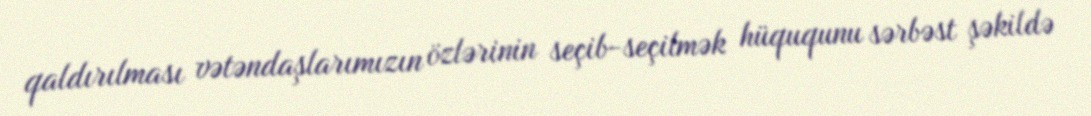
qaldırılması vətəndaşlarımızın özlərinin seçib-seçilmək hüququnu sərbəst şəkildə